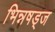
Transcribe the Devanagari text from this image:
भिन्नषड्ज